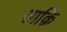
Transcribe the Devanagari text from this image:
ताक़ि